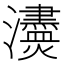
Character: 𤄼